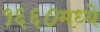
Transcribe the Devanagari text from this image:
१६६०मध्ये